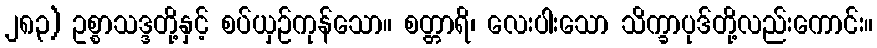
၂၈၃) ဥစ္စာသဒ္ဒတို့နှင့် စပ်ယှဉ်ကုန်သော။ စတ္တာရိ၊ လေးပါးသော သိက္ခာပုဒ်တို့လည်းကောင်း။